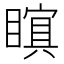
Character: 𭿜